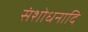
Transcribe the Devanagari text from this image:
संशोधनादि